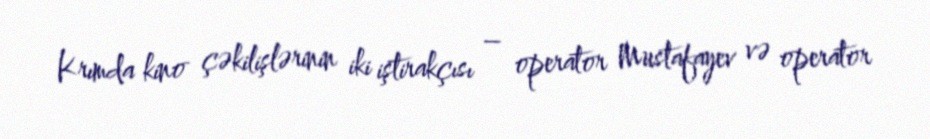
Krımda kino çəkilişlərinin iki iştirakçısı – operator Mustafayev və operator